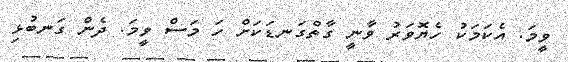
ވީމަ. އެކަމަކު ހެޔޮވަރު ވާނީ ގާތްގަނޑަކަށް ހަ މަސް ވީމަ. ދެން ގަނބުޅި